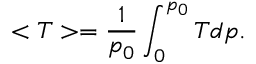
< T > = { \frac { 1 } { p _ { 0 } } } \int _ { 0 } ^ { p _ { 0 } } T d p .